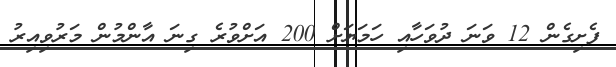
ފެށިގެން 12 ވަނަ ދުވަހާއި ހަމަޔަށް 200 އަށްވުރެ ގިނަ އާންމުން މަރުވިއިރު